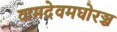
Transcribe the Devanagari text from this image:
वामदेवमघोरञ्च